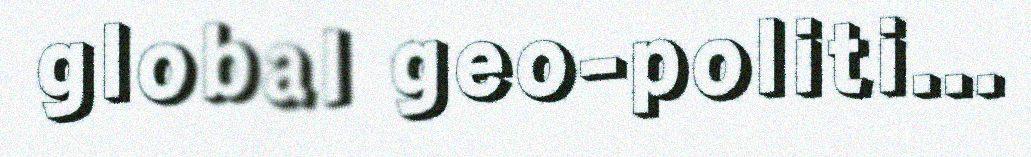
global geo-politi...